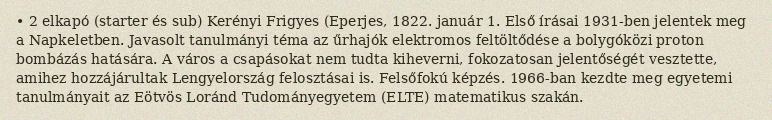
• 2 elkapó (starter és sub) Kerényi Frigyes (Eperjes, 1822. január 1. Első írásai 1931-ben jelentek meg a Napkeletben. Javasolt tanulmányi téma az űrhajók elektromos feltöltődése a bolygóközi proton bombázás hatására. A város a csapásokat nem tudta kiheverni, fokozatosan jelentőségét vesztette, amihez hozzájárultak Lengyelország felosztásai is. Felsőfokú képzés. 1966-ban kezdte meg egyetemi tanulmányait az Eötvös Loránd Tudományegyetem (ELTE) matematikus szakán.